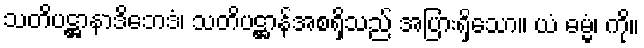
သတိပဋ္ဌာနာဒိဘေဒံ၊ သတိပဋ္ဌာန်အစရှိသည် အပြားရှိသော။ ယံ ဓမ္မံ၊ ကို။